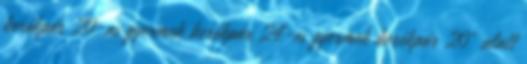
kerékpár 20-as gyermek kerékpár 24-es gyermek kerékpár 20" alatt